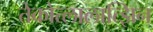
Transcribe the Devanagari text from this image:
तेकोत्लालात्झिन